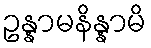
ဥန္နာမနိန္နာမိ